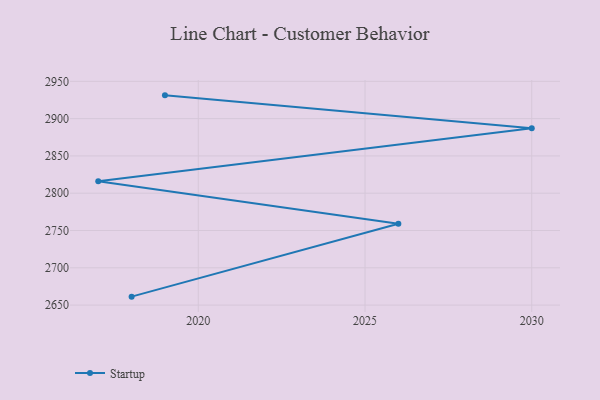
{"axis": {"x": "Year", "y": "Customer Acquisition Cost (USD)"}, "legend": ["Startup"], "data": [{"x": "2019", "y": 2931.2, "type": "Startup"}, {"x": "2030", "y": 2887.2, "type": "Startup"}, {"x": "2017", "y": 2815.9, "type": "Startup"}, {"x": "2026", "y": 2759.0, "type": "Startup"}, {"x": "2018", "y": 2661.3, "type": "Startup"}]}